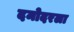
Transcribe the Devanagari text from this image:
दमोदरला